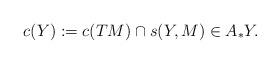
LaTeX: \begin{align*}c_{}(Y):=c(TM)\cap s(Y,M)\in A_*Y.\end{align*}